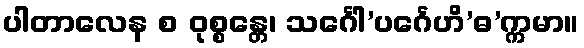
ပါတာလေန စ ဝုစ္စန္တေ၊ သင်္ဂေါ’ပင်္ဂေဟိ’ဓ’က္ကမာ။